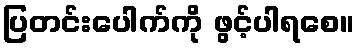
ပြတင်းပေါက်ကို ဖွင့်ပါရစေ။